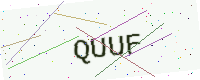
Text: QUUF